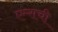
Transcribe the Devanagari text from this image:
एम्सची